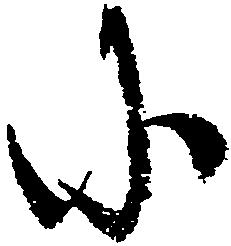
に